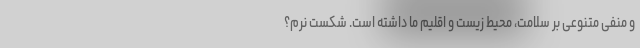
و منفی متنوعی بر سلامت، محیط‌ زیست و اقلیم ما داشته است. شکست نرم؟